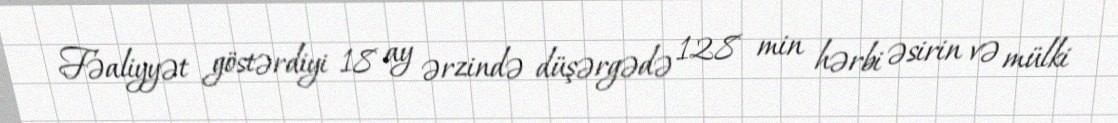
Fəaliyyət göstərdiyi 18 ay ərzində düşərgədə 128 min hərbi əsirin və mülki